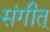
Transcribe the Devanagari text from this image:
संगीत्